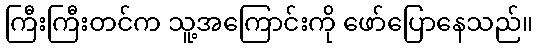
ကြီးကြီးတင်က သူ့အကြောင်းကို ဖော်ပြောနေသည်။